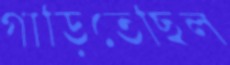
গাড়িতেছিল